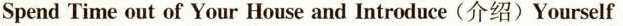
Spend Time out of Your House and Introduce (介绍)Yourself